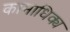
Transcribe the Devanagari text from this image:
कामाधिक्य